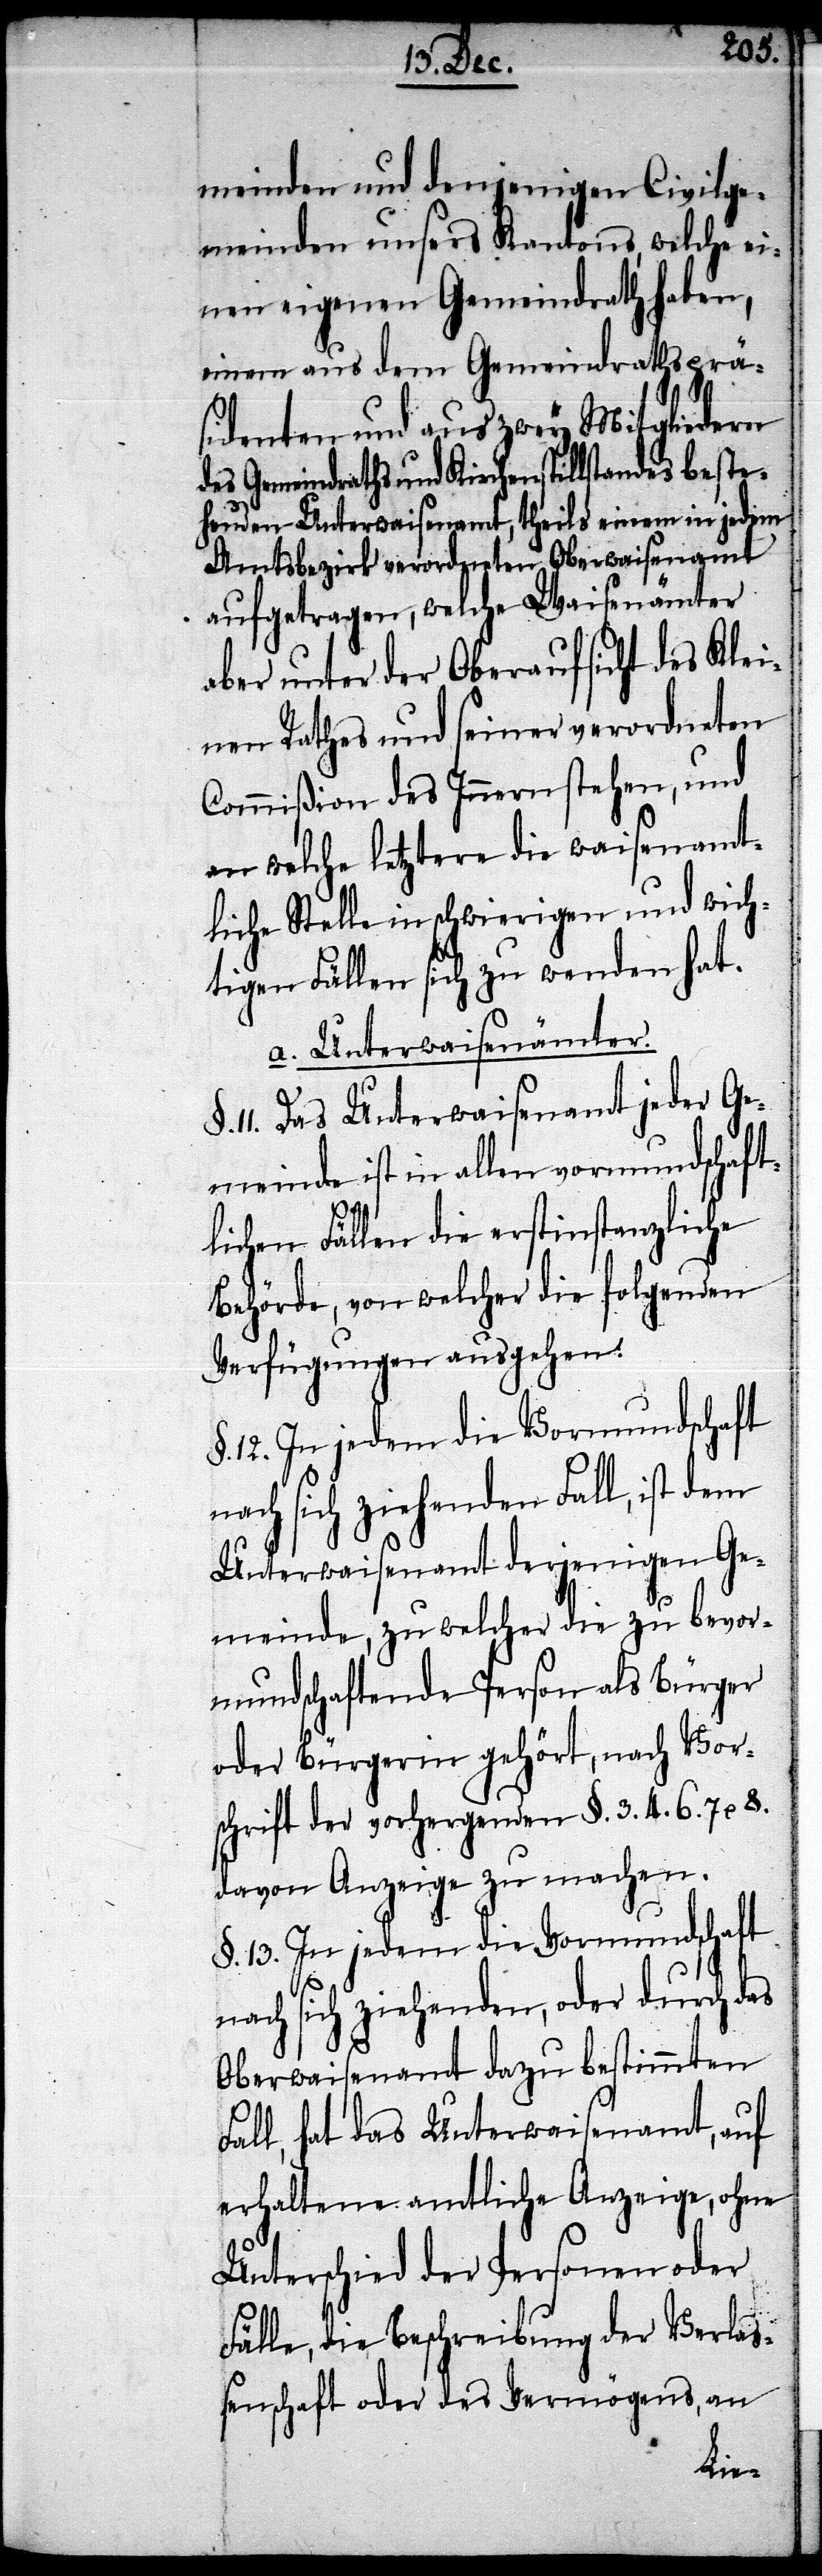
meinden und denjenigen Civilge¬
meinden unsers Kantons, welche ei¬
nen eigenen Gemeindrathsprä¬
sidenten und aus zwey Mitgliedern
des Gemeindraths und Kirchenstillstandes beste¬
henden Unterwaisenamt, theils einem in jedem
Amtsbezirk verordneten Oberwaisenamt
aufgetragen, welche Waisenämter
aber unter der Oberaufsicht des Klei¬
nen Rathes und seiner verordneten
Commißion des Innern stehen, und
an welche letztere die waisenamt¬
liche Stelle in schwierigen und wich¬
tigen Fällen sich zu wenden hat.
a. Unterwaisenämter.
11. Das Unterwaisenamt jeder Ge¬
meinde ist in allen vormundschaft¬
lichen Fällen die erstinstanzliche
Behörde, von welcher die folgenden
Verfügungen ausgehen.
nach sich ziehenden Fall, ist dem
Unterwaisenamt derjenigen Ge¬
meinde, zu welcher die zu bevor¬
mundschaftende Person als Bürger
oder Bürgerin gehört, nach Vor¬
schrift der vorhergehenden §. 3. 4. 6. 7. & 8.
davon Anzeige zu machen.
§. 13. In jedem die Vormundschaft
nach sich ziehenden, oder durch das
Oberwaisenamt dazu bestimmten
Fall, hat das Unterwaisenamt, auf
erhaltene amtliche Anzeige, ohne
Unterschied der Personen oder
Fälle, die Beschreibung der Verlaß¬
enschaft oder des Vermögens, an